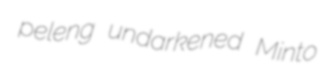
peleng undarkened Minto